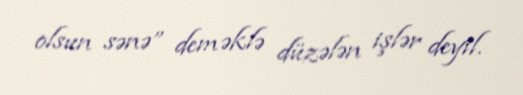
olsun sənə” deməklə düzələn işlər deyil.